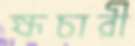
হ্মচারী